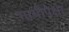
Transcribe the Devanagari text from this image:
गायीपेक्षा